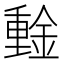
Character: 𰼞